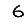
Digit: 6